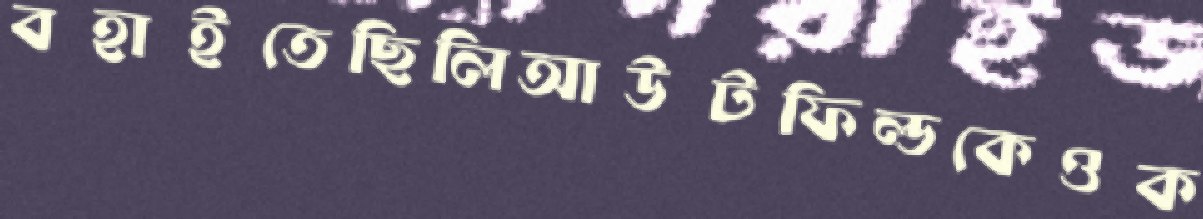
বহাইতেছিলিআউটফিল্ডকেওক